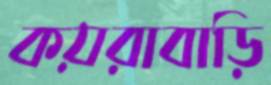
কয়রাবাড়ি